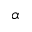
\alpha